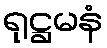
ရုဋ္ဌမနံ